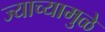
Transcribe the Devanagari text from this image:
ज्याच्यामुळे